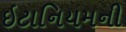
ઇટાનિયમની